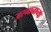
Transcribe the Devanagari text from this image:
अस्मानाच्या